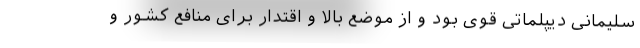
سلیمانی دیپلماتی قوی بود و از موضع بالا و اقتدار برای منافع کشور و